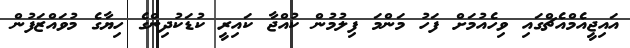
އައިޖީއެމްއެޗްގައި ވިހެއުމަށް ފަހު މަންމަ ފިލުމުން ކުއްޖާ ކައިރީ ކުޑަކުދިންގެ ހިޔާގެ މުވައްޒަފުން